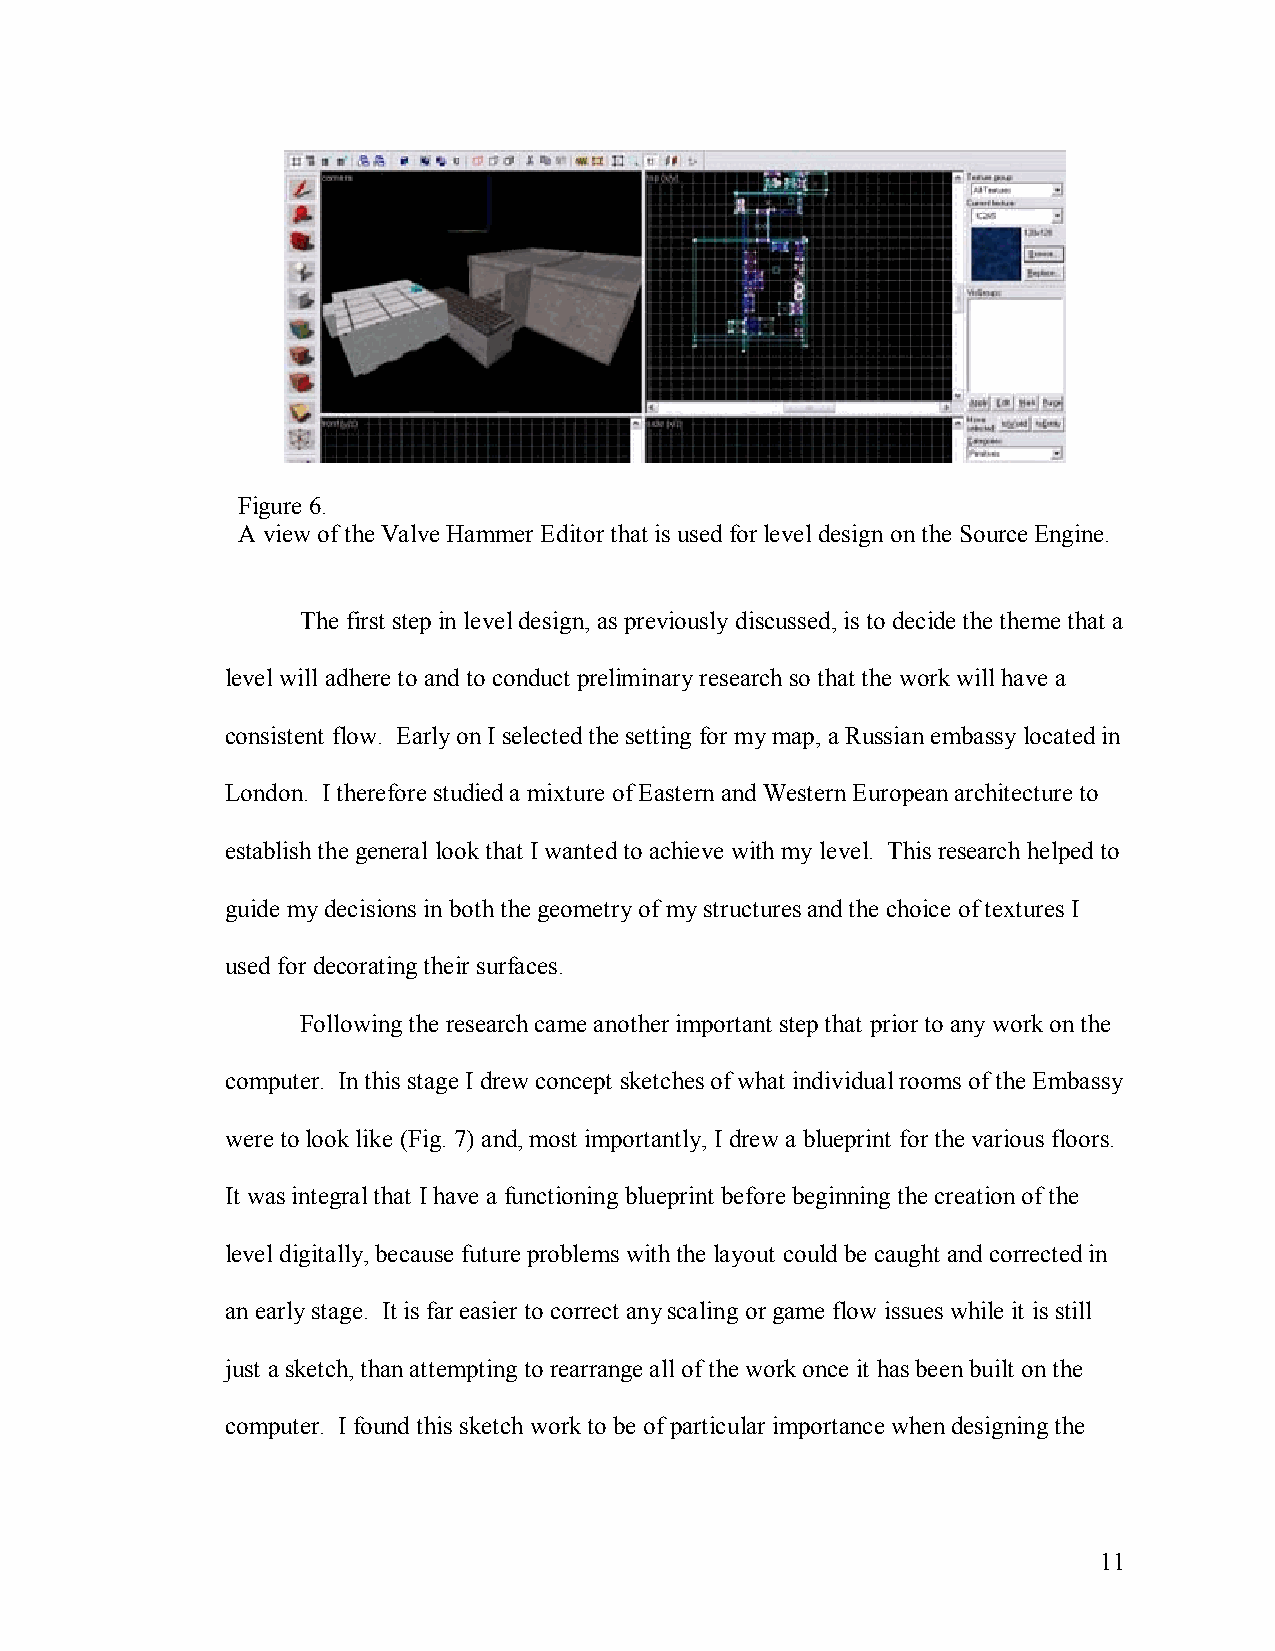
Figure 6.
 A view of the Valve Hammer Editor that is used for level design on the Source Engine.
 The first step in level design, as previously discussed, is to decide the theme that a
 level will adhere to and to conduct preliminary research so that the work will have a
 consistent flow. Early on I selected the setting for my map, a Russian embassy located in
 London. I therefore studied a mixture of Eastern and Western European architecture to
 establish the general look that I wanted to achieve with my level. This research helped to
 guide my decisions in both the geometry of my structures and the choice of textures I
 used for decorating their surfaces.
 Following the research came another important step that prior to any work on the
 computer. In this stage I drew concept sketches of what individual rooms of the Embassy
 were to look like (Fig. 7) and, most importantly, I drew a blueprint for the various floors.
 It was integral that I have a functioning blueprint before beginning the creation of the
 level digitally, because future problems with the layout could be caught and corrected in
 an early stage. It is far easier to correct any scaling or game flow issues while it is still
 just a sketch, than attempting to rearrange all of the work once it has been built on the
 computer. I found this sketch work to be of particular importance when designing the
 11